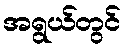
အရွယ်တွင်